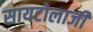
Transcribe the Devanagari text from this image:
सायटोलाजी